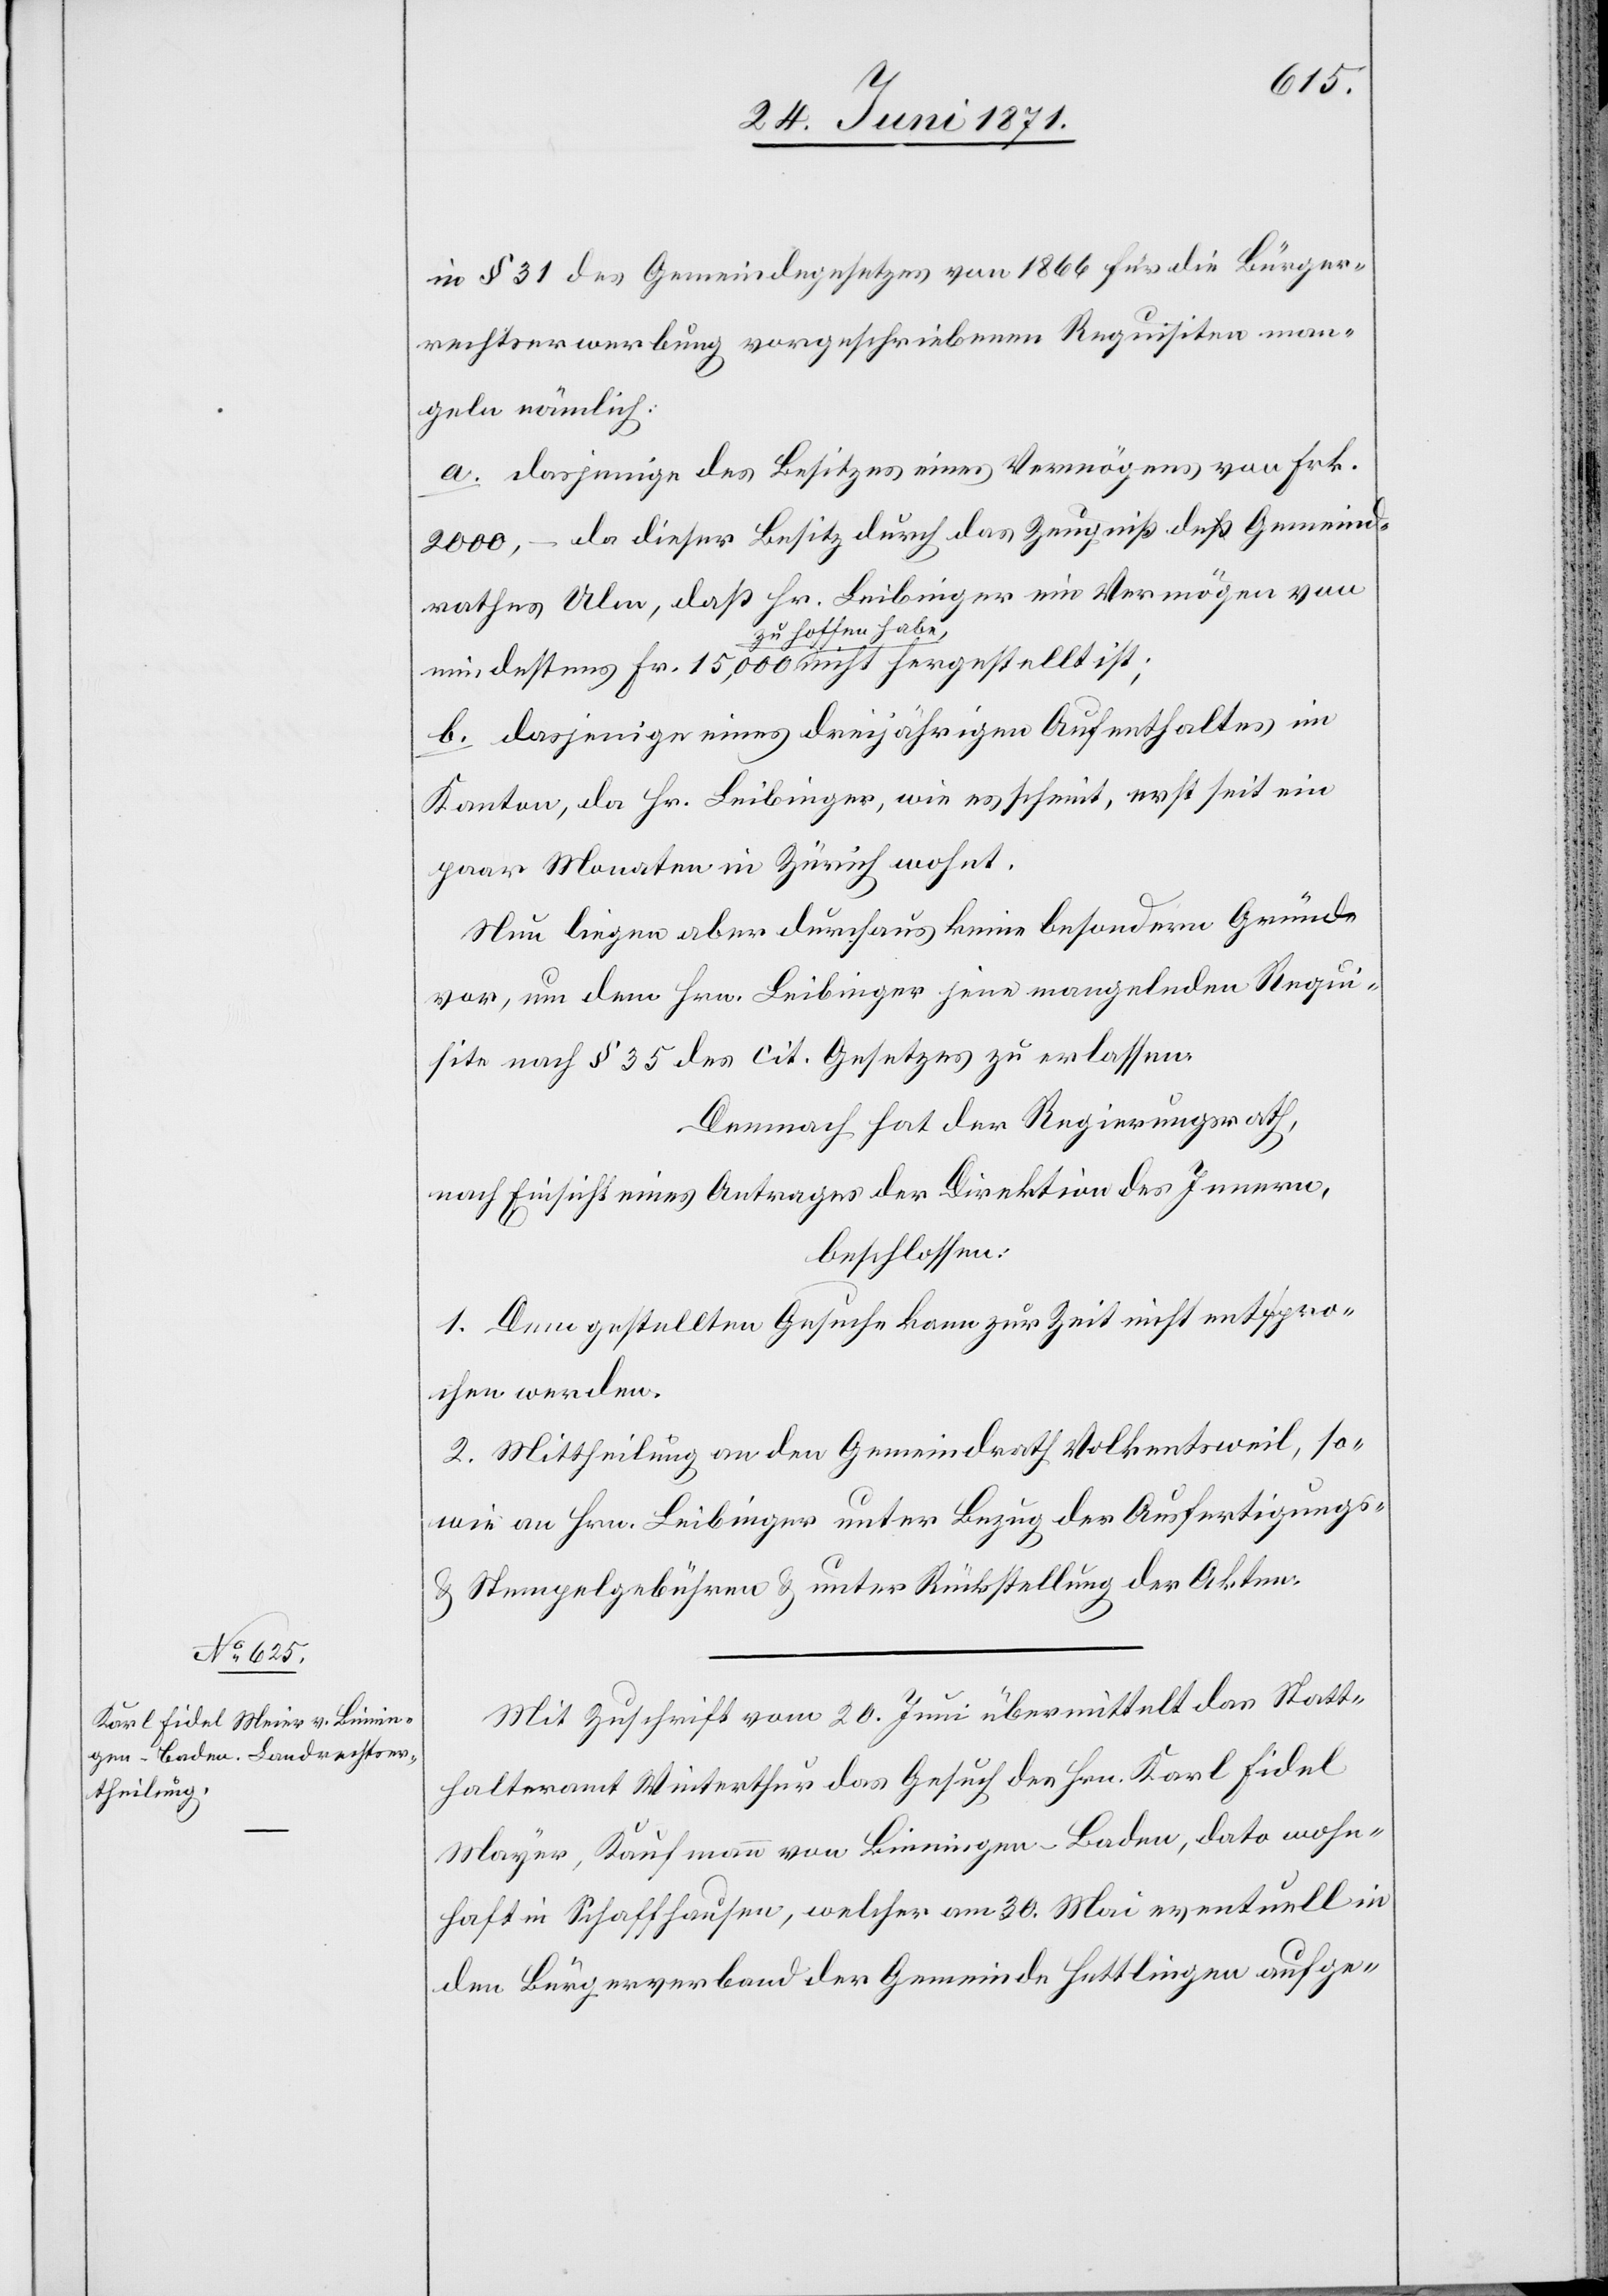
§ 31 des Gemeindegesetzes von 1866 für die Bürger¬
rechtserwerbung vorgeschriebenen Requisiten man¬
geln nämlich:
a. dasjenige des Besitzes eines Vermögens von Frk.
2000.– da dieser Besitz durch das Zeugniß des Gemeind¬
rathes Ulm, daß Hr. Leibinger ein Vermögen von
zu hoffen habe,
b. dasjenige eines dreijährigen Aufenthaltes im
Kanton, da Hr. Leibinger, wie es scheint, erst seit ein
paar Monaten in Zürich wohnt.
Nun liegen aber durchaus keine besondern Gründe
vor, um dem Hrn. Leibinger jene mangelnden Requi¬
siten nach § 35 des cit. Gesetzes zu erlassen.
Demnach hat der Regierungsrath,
nach Einsicht eines Antrages der Direktion des Innern,
beschlossen:
1. Dem gestellten Gesuche kann zur Zeit nicht entspro¬
chen werden.
2. Mittheilung an den Gemeindrath Volkentsweil, so¬
wie an Hrn. Leibinger unter Bezug der Ausfertigungs-
u. Stempelgebühren u. unter Rückstellung der Akten.
Mit Zuschrift vom 20. Juni übermittelt das Statt¬
halteramt Winterthur das Gesuch des Hrn. Karl Fidel
Mayer [sic!], Kaufmann von Binningen-Baden, dato wohn¬
haft in Schaffhausen, welcher am 30. Mai eventuell in
den Bürgerverband der Gemeinde Hettlingen aufge-